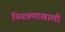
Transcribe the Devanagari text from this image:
नियत्रणाखाली